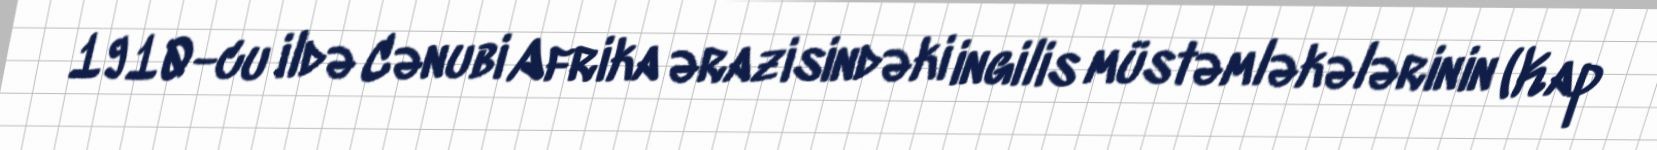
1910-cu ildə Cənubi Afrika ərazisindəki ingilis müstəmləkələrinin (Kap